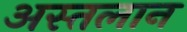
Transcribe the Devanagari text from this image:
अस्तलान